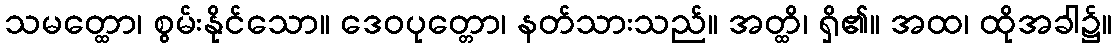
သမတ္ထော၊ စွမ်းနိုင်သော။ ဒေဝပုတ္တော၊ နတ်သားသည်။ အတ္ထိ၊ ရှိ၏။ အထ၊ ထိုအခါ၌။